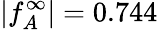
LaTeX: |f_{A}^{\infty}|=0.744